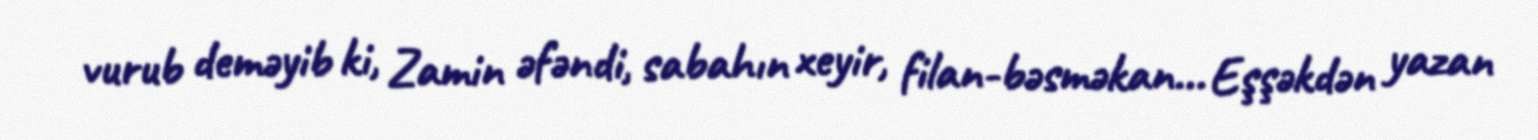
vurub deməyib ki, Zamin əfəndi, sabahın xeyir, filan-bəsməkan... Eşşəkdən yazan